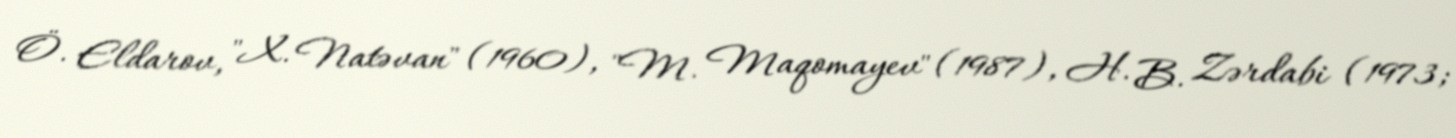
Ö. Eldarov, "X. Natəvan" (1960), "M. Maqomayev" (1987), H. B. Zərdabi (1973;